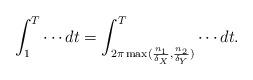
LaTeX: \begin{align*}\int_1^T\cdots dt=\int_{2\pi\max(\frac{n_1}{\delta_X}, \frac{n_2}{\delta_Y})}^T\cdots dt. \end{align*}